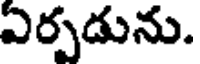
ఏర్పడును.